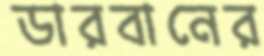
ডারবানের